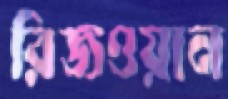
রিজওয়ান